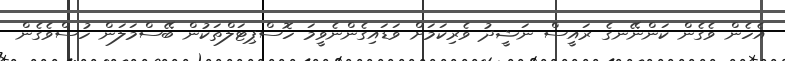
އެހެން ވެގެން ކަންނޭނގެ ރައީސް ނަޝީދު ވެރިކަމަށް ވަޑައިގެންނެވީމަ ހޮސްޕިޓަލްތަކުން ބޭސްމަލަން ހުސްވެގެން